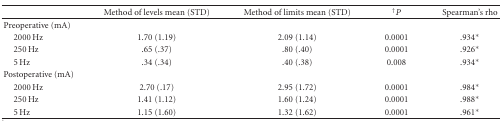
<table><thead><tr><td></td><td><b>Method of levels mean (STD)</b></td><td><b>Method of limits mean (STD)</b></td><td><b><sup>†</sup><i>P</i></b></td><td><b>Spearman&#x27;s rho</b></td></tr></thead><tbody><tr><td>Preoperative (mA)</td><td></td><td></td><td></td><td></td></tr><tr><td> 2000 Hz</td><td>1.70 (1.19)</td><td>2.09 (1.14)</td><td>0.0001</td><td>.934*</td></tr><tr><td> 250 Hz</td><td>.65 (.37)</td><td>.80 (.40)</td><td>0.0001</td><td>.926*</td></tr><tr><td> 5 Hz</td><td>.34 (.34)</td><td>.40 (.38)</td><td>0.008</td><td>.934*</td></tr><tr><td>Postoperative (mA)</td><td></td><td></td><td></td><td></td></tr><tr><td> 2000 Hz</td><td>2.70 (.17)</td><td>2.95 (1.72)</td><td>0.0001</td><td>.984*</td></tr><tr><td> 250 Hz</td><td>1.41 (1.12)</td><td>1.60 (1.24)</td><td>0.0001</td><td>.988*</td></tr><tr><td> 5 Hz</td><td>1.15 (1.60)</td><td>1.32 (1.62)</td><td>0.0001</td><td>.961*</td></tr></tbody></table>